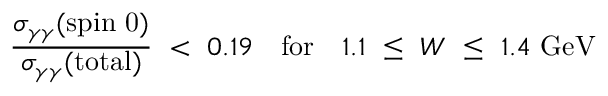
\displaystyle \frac { \sigma _ { \gamma \gamma } ( \mathrm { s p i n ~ 0 } ) } { \sigma _ { \gamma \gamma } ( \mathrm { t o t a l } ) } \ < \ 0 . 1 9 \quad \mathrm { f o r } \quad 1 . 1 \ \leq \ W \ \leq \ 1 . 4 \ \mathrm { G e V }